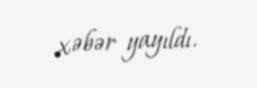
xəbər yayıldı.